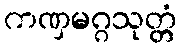
ကဏှမဂ္ဂသုတ္တံ